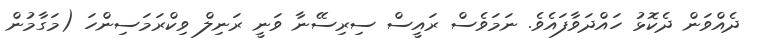
ދެއްވަން ދެކޮޅު ހައްދަވާފައެވެ. ނަމަވެސް ރައީސް ސިރިސޭނާ ވަނީ ރަނިލް ވިކްރަމަސިންހަ (މަގާމުން